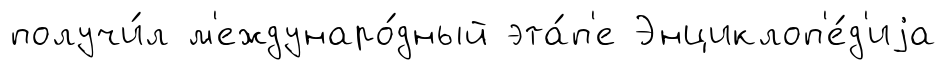
получи́л м'еждунаро́дный эта́п'е Энциклоп'е́д'иjа